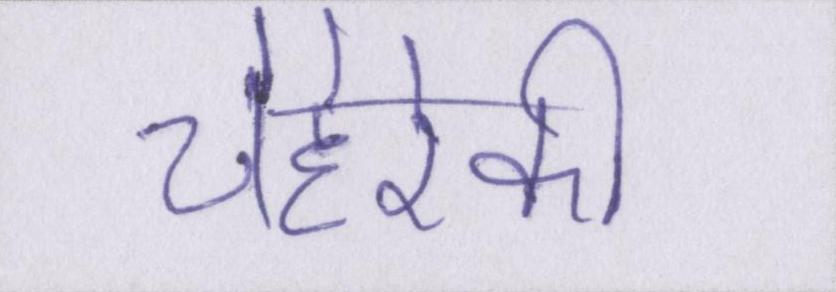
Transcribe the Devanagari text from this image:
चेहरेकी